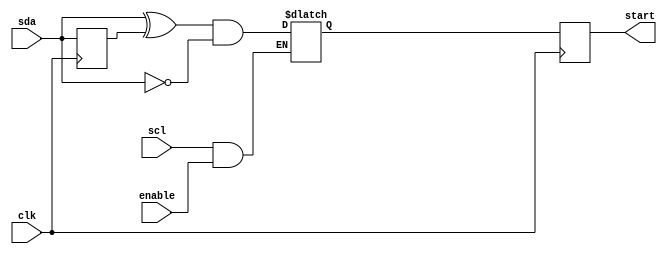
module start_detector
  (
   input  scl,
   input  enable,
   input  sda,
   input  clk,
   output start
   );
   
   reg 	  high_low_detect_out, high_low_detect_d, sda_ff;

   always @ (posedge clk)
     begin
	high_low_detect_out <= high_low_detect_d;
	sda_ff <= sda;
     end

   always @ (*)
     begin
	if(scl & enable)
	  begin
	     high_low_detect_d = (sda ^ sda_ff) & ~sda;
	  end
     end

   assign start = high_low_detect_out;
   
endmodule